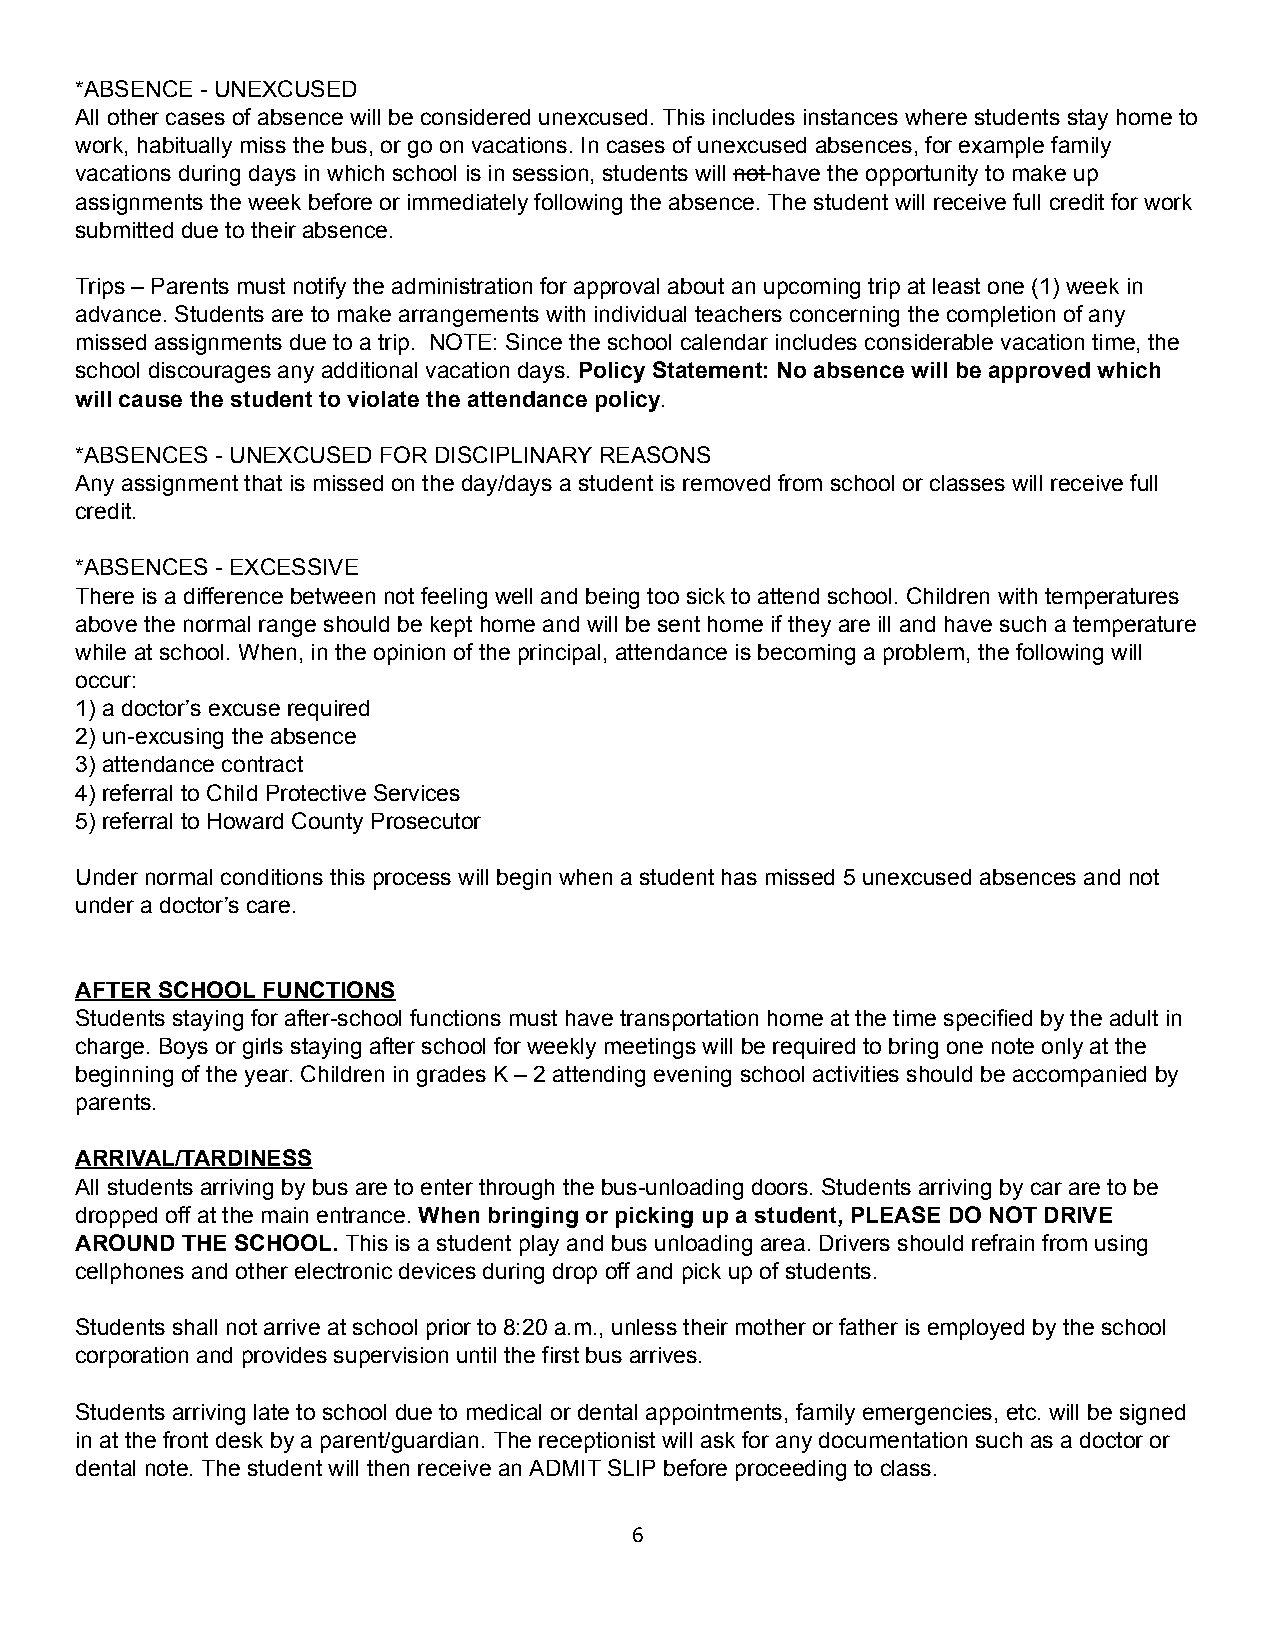
*ABSENCE - UNEXCUSED
 All other cases of absence will be considered unexcused. This includes instances where students stay home to
 work, habitually miss the bus, or go on vacations. In cases of unexcused absences, for example family
 vacations during days in which school is in session, students will not have the opportunity to make up
 assignments the week before or immediately following the absence. The student will receive full credit for work
 submitted due to their absence.
 Trips – Parents must notify the administration for approval about an upcoming trip at least one (1) week in
 advance. Students are to make arrangements with individual teachers concerning the completion of any
 missed assignments due to a trip. NOTE: Since the school calendar includes considerable vacation time, the
 school discourages any additional vacation days. Policy Statement: No absence will be approved which
 will cause the student to violate the attendance policy.
 *ABSENCES - UNEXCUSED FOR DISCIPLINARY REASONS
 Any assignment that is missed on the day/days a student is removed from school or classes will receive full
 credit.
 *ABSENCES - EXCESSIVE
 There is a difference between not feeling well and being too sick to attend school. Children with temperatures
 above the normal range should be kept home and will be sent home if they are ill and have such a temperature
 while at school. When, in the opinion of the principal, attendance is becoming a problem, the following will
 occur:
 1) a doctor’s excuse required
 2) un-excusing the absence
 3) attendance contract
 4) referral to Child Protective Services
 5) referral to Howard County Prosecutor
 Under normal conditions this process will begin when a student has missed 5 unexcused absences and not
 under a doctor’s care.
 AFTER SCHOOL FUNCTIONS
 Students staying for after-school functions must have transportation home at the time specified by the adult in
 charge. Boys or girls staying after school for weekly meetings will be required to bring one note only at the
 beginning of the year. Children in grades K – 2 attending evening school activities should be accompanied by
 parents.
 ARRIVAL/TARDINESS
 All students arriving by bus are to enter through the bus-unloading doors. Students arriving by car are to be
 dropped off at the main entrance. When bringing or picking up a student, PLEASE DO NOT DRIVE
 AROUND THE SCHOOL. This is a student play and bus unloading area. Drivers should refrain from using
 cellphones and other electronic devices during drop off and pick up of students.
 Students shall not arrive at school prior to 8:20 a.m., unless their mother or father is employed by the school
 corporation and provides supervision until the first bus arrives.
 Students arriving late to school due to medical or dental appointments, family emergencies, etc. will be signed
 in at the front desk by a parent/guardian. The receptionist will ask for any documentation such as a doctor or
 dental note. The student will then receive an ADMIT SLIP before proceeding to class.
 6